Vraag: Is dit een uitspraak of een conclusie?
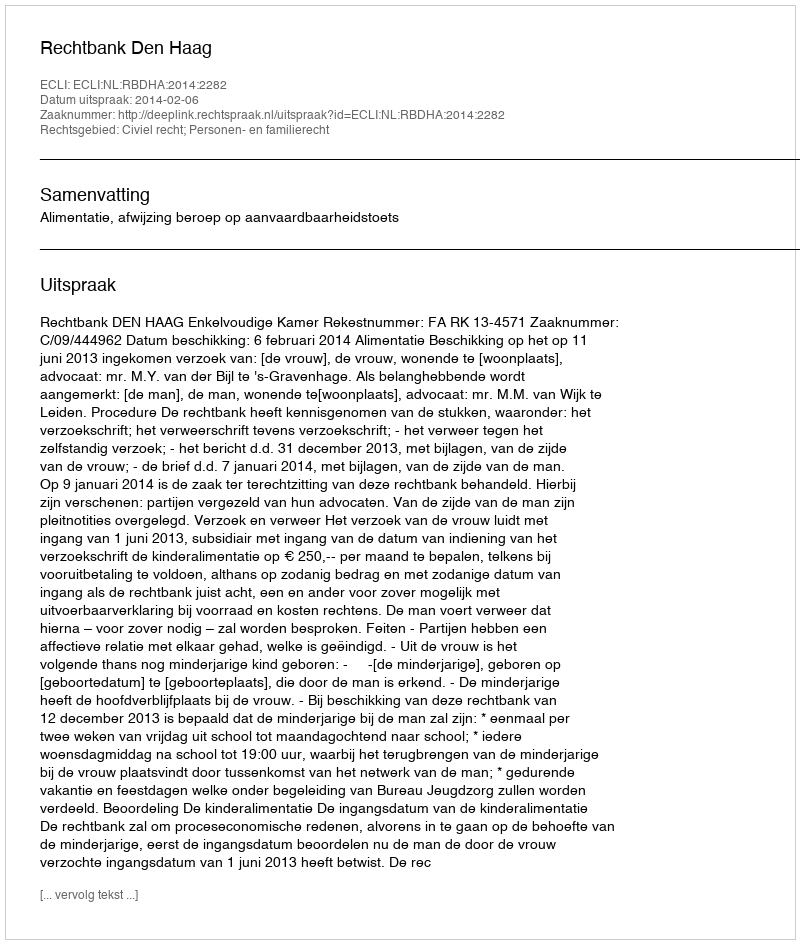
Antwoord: Uitspraak